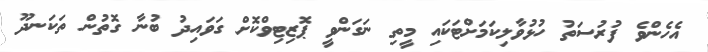
އެހެންވެ ފުރުސަތު ހުޅުވާލިކަމަށްޓަކައި މީތި ނަގަންވީ ޕޮޒިޓިވްކޮށް ގަވައިދު ބުނާ ގޮތުން ތަކަނދޫ